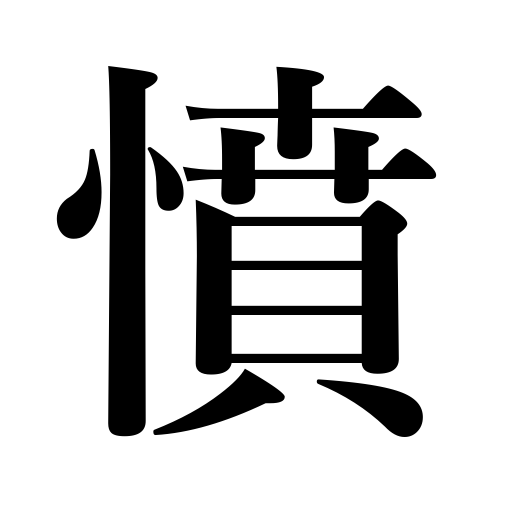
Meanings: be indignant,become angry,resent